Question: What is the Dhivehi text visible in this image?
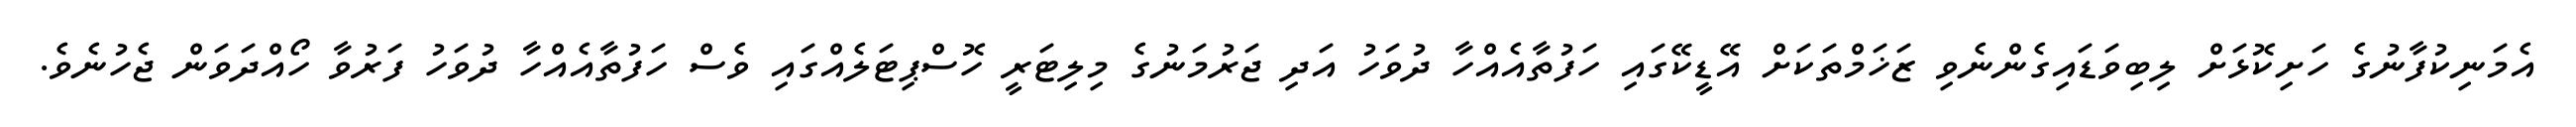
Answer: އެމަނިކުފާނުގެ ހަށިކޮޅަށް ލިބިވަޑައިގެންނެވި ޒަޚަމްތަކަށް އޭޑީކޭގައި ހަފުތާއެއްހާ ދުވަހު އަދި ޖަރުމަނުގެ މިލިޓަރީ ހޮސްޕިޓަލެއްގައި ވެސް ހަފުތާއެއްހާ ދުވަހު ފަރުވާ ހޯއްދަވަން ޖެހުނެވެ.